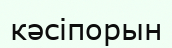
кәсіпорын